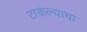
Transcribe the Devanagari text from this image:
टाकल्याचा